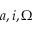
a , i , \Omega